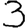
Digit: 3